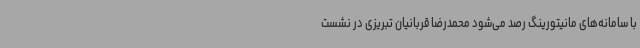
با سامانه‌های مانیتورینگ رصد می‌شود محمدرضا قربانیان تبریزی در نشست